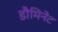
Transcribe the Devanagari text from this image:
डौमिनेंट